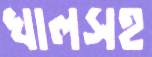
খালসহ